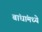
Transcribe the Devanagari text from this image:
बांधांमध्ये